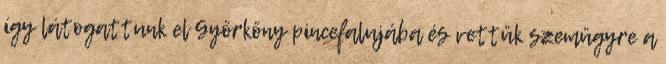
így látogattunk el Györköny pincefalujába és vettük szemügyre a